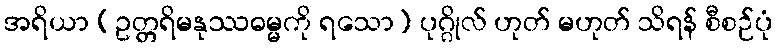
အရိယာ (ဥတ္တရိမနုဿဓမ္မကို ရသော) ပုဂ္ဂိုလ် ဟုတ် မဟုတ် သိရန် စီစဉ်ပုံ